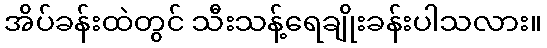
အိပ်ခန်းထဲတွင် သီးသန့်ရေချိုးခန်းပါသလား။